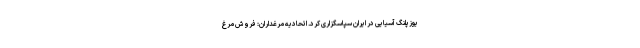
یوزپلنگ آسیایی در ایران سپاسگزاری کرد. اتحادیه مرغداران: فروش مرغ